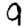
Digit: 9